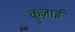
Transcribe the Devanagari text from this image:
क्रूज़ाई